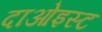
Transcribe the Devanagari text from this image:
दाओइस्ट